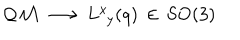
\mathcal { Q M } \, \longrightarrow \, L _ { \phantom { x } y } ^ { x } ( q ) \, \in \, \mathrm { S O ( 3 ) }